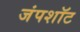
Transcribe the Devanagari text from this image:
जंपशॉट